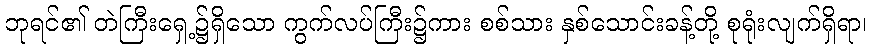
ဘုရင်၏ တဲကြီးရှေ့၌ရှိသော ကွက်လပ်ကြီး၌ကား စစ်သား နှစ်သောင်းခန့်တို့ စုရုံးလျက်ရှိရာ၊